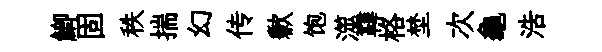
鯽固秩揣幻传歉饱澨鞾格埜次龜浩